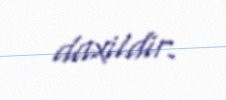
daxildir.